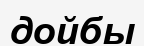
дойбы